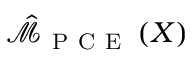
\hat { \mathcal { M } } _ { \mathrm { ~ P ~ C ~ E ~ } } \left( \boldsymbol { X } \right)